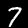
Label: 7